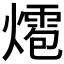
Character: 𤐊